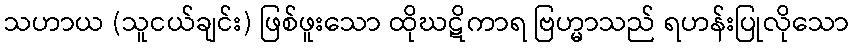
သဟာယ (သူငယ်ချင်း) ဖြစ်ဖူးသော ထိုဃဋိကာရ ဗြဟ္မာသည် ရဟန်းပြုလိုသော